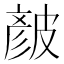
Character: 𥀆